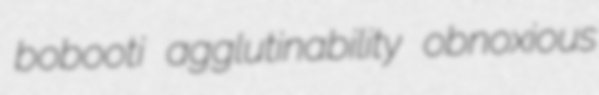
bobooti agglutinability obnoxious